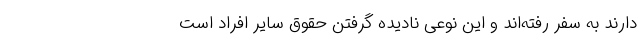
دارند به سفر رفته‌اند و این نوعی نادیده گرفتن حقوق سایر افراد است